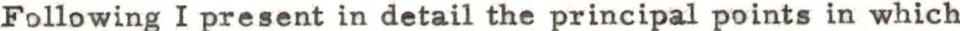
Following I present in detail the principal points in which